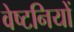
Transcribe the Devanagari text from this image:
वेष्टनियों